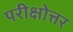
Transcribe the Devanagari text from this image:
परीक्षोत्तर